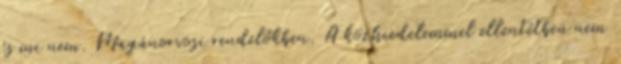
és mi nem. Magánorvosi rendelőkben. A közhiedelemmel ellentétben nem